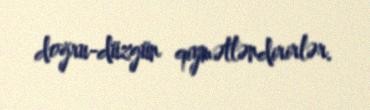
doğru-düzgün qiymətləndirirlər.